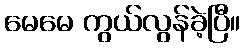
မေမေ ကွယ်လွန်ခဲ့ပြီ။